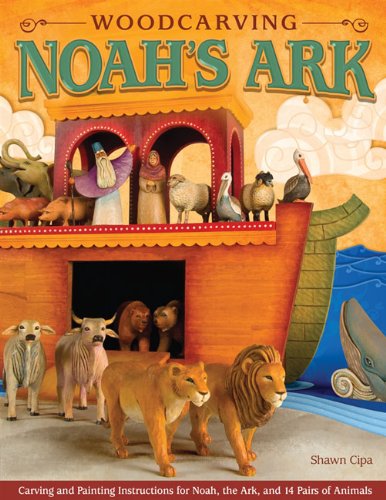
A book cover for Woodcarving Noah's Ark: Carving and Painting Instructions for the Noah, the Ark, and 14 Pairs of Animals; Shawn Cipa; Crafts, Hobbies & Home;